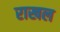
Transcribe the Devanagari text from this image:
राखल